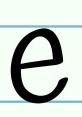
e